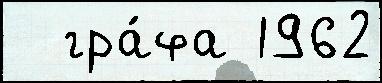
  гра́фа 1962